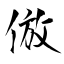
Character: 倣